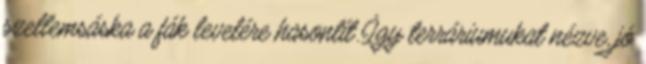
szellemsáska a fák levelére hasonlít. Így terráriumukat nézve, jó